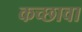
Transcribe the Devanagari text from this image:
कच्छावा